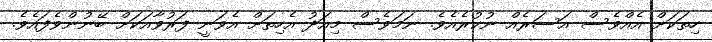
ހިތަކަށް އެއްވެސް އަސަރެއް ނުކުރެއެވެ. ނަމަވެސް މިއަދު އެހިތަށް އެވަނީ ފަރުވާއަކަށް ބޭނުންވެފައެވެ.